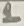
Text: 1